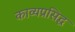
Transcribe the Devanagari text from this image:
काव्यप्रसिद्ध